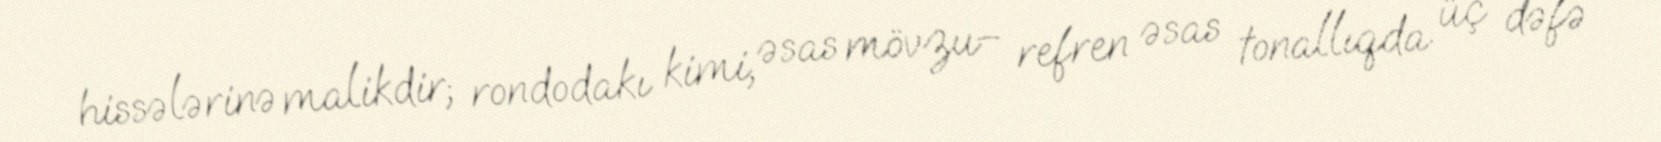
hissələrinə malikdir; rondodakı kimi, əsas mövzu– refren əsas tonallıqda üç dəfə